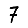
Digit: 7